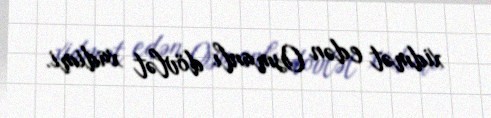
xidmət edən Osmanlı dövlət xadimi.